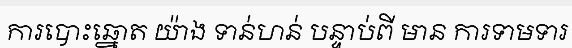
ការបោះឆ្នោត យ៉ាង ទាន់ហន់ បន្ទាប់ពី មាន ការទាមទារ